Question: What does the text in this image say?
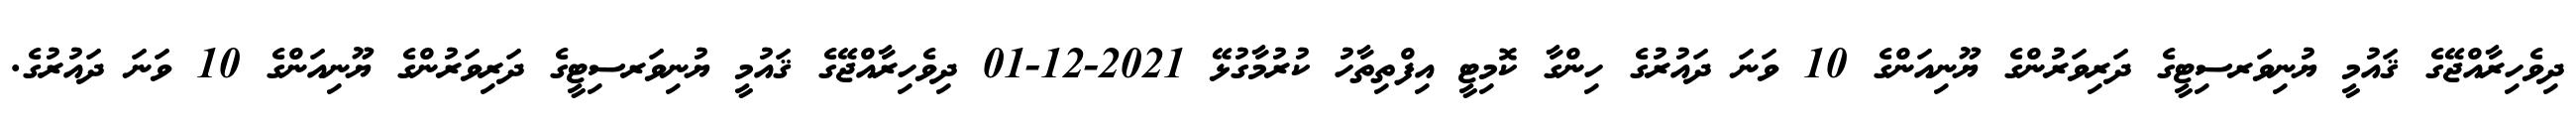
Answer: ދިވެހިރާއްޖޭގެ ޤައުމީ ޔުނިވަރސިޓީގެ ދަރިވަރުންގެ ޔޫނިއަންގެ 10 ވަނަ ދައުރުގެ ހިންގާ ކޮމިޓީ އިފްތިތާހު ކުރުމާގުޅޭ 2021-12-01 ދިވެހިރާއްޖޭގެ ޤައުމީ ޔުނިވަރސިޓީގެ ދަރިވަރުންގެ ޔޫނިއަންގެ 10 ވަނަ ދައުރުގެ.